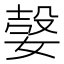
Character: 𡠆